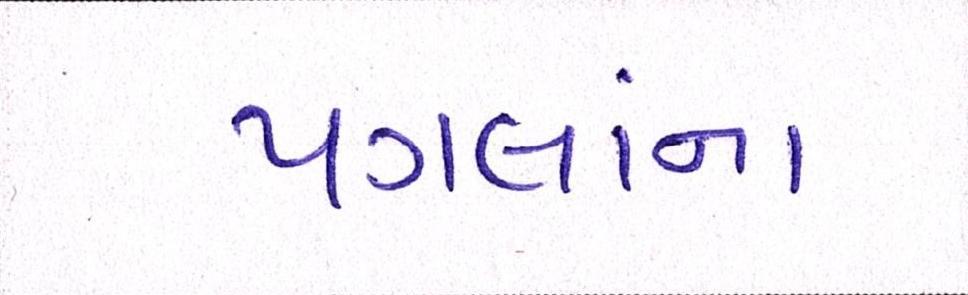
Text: પગલાંના